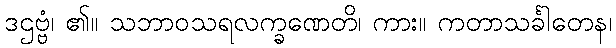
ဒဌဗ္ဗံ၊ ၏။ သဘာဝသရလက္ခဏေတိ၊ ကား။ ကတာသင်္ခါတေန၊